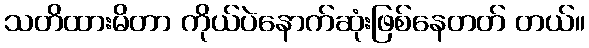
သတိထားမိတာ ကိုယ်ပဲနောက်ဆုံးဖြစ်နေတတ် တယ်။